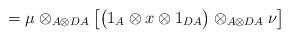
LaTeX: \begin{align*}=\mu \otimes _{A\otimes DA} \big[\big( 1_A \otimes x \otimes 1_{DA} \big)\otimes _{A\otimes DA} \nu\big]\end{align*}